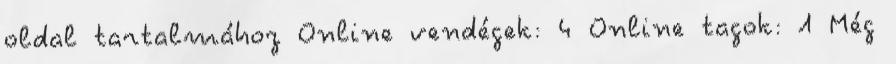
oldal tartalmához Online vendégek: 4 Online tagok: 1 Még